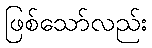
ဖြစ်သော်လည်း